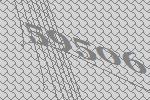
59506